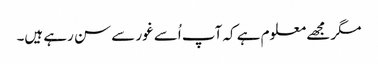
مگر مجھے معلوم ہے کہ آپ اُسے غور سے سن رہے ہیں۔